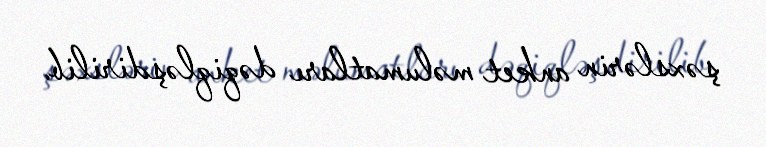
şəxslərin anket məlumatları dəqiqləşdirilib.